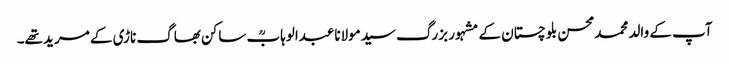
آپ کے والد محمدمحسن بلوچستان کے مشہور بزرگ سیدمولاناعبدالوہابؒ ساکن بھاگ ناڑی کے مرید تھے۔